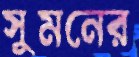
সুমনের